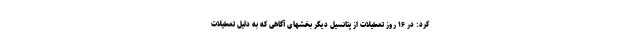
کرد: در ۱۶ روز تعطیلات از پتانسیل دیگر بخشهای آگاهی که به دلیل تعطیلات